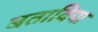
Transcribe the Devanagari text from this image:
बताविया